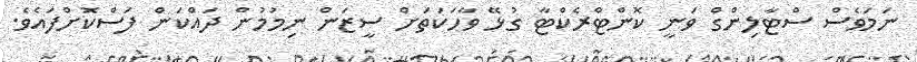
ނަމަވެސް ސްޓާލިންގް ވަނީ ކޮންޓްރެކްޓާ ގުޅޭ ވާހަކަތަށް ސީޒަން ނިމުމުން ދައްކަން ފަސްކޮށްފައެވެ.